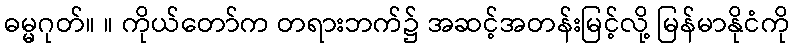
ဓမ္မဂုတ်။ ။ ကိုယ်တော်က တရားဘက်၌ အဆင့်အတန်းမြင့်လို့ မြန်မာနိုငံကို